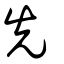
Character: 先